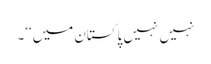
نہیں نہیں پاکستان میں‘‘۔